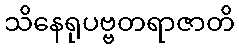
သိနေရုပဗ္ဗတရာဇာတိ